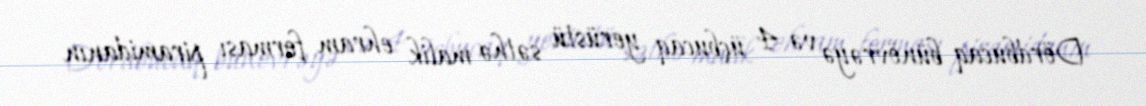
Dördbucaq bünövrəyə və 4 üçbucaq yerüstü səthə malik ehram forması piramidanın